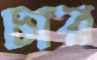
চার